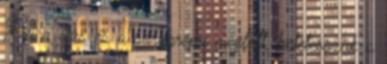
Ha a rizs és a sárgarépa megfőtt, beletesszük a